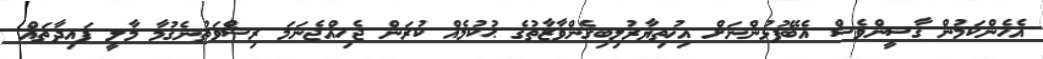
އެހެންކަމުން ގާޟީންވެސް އެބޭފުޅުންނަށް އިޚުތިޔާރުލިބިގެންވާޒާތުގެ ޙުކުމެއް ކުރަން ޖެހިއްޖެނަމަ ރިޝްވަތުނެގުމާ މާލީ ފައިދާތައް